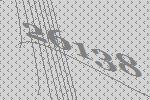
26138